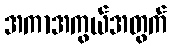
အကာအကွယ်အတွက်